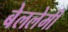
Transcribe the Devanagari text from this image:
बेललेमी